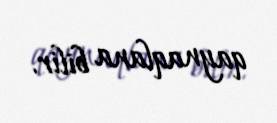
qaynaqlana bilir.